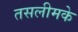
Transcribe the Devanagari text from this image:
तसलीमके